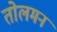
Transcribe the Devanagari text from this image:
तोलमन